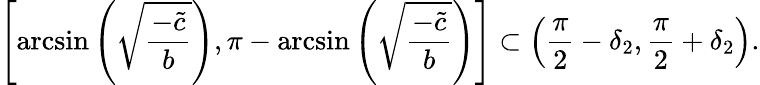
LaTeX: \left[\arcsin\left(\sqrt{\frac{-\tilde{c}}{b}}\right),\pi-\arcsin\left(\sqrt{\frac{-\tilde{c}}{b}}\right)\right]\subset\left(\frac{\pi}{2}-\delta_{2},\frac{\pi}{2}+\delta_{2}\right).